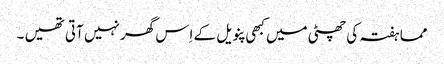
مما ہفتہ کی چھٹی میں کبھی پنویل کے اِس گھر نہیں آتی تھیں ۔